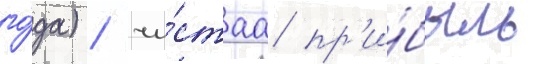
го́да) / чи́стаа пр'и́быль